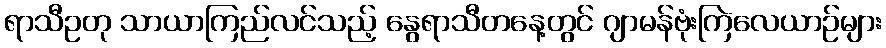
ရာသီဥတု သာယာကြည်လင်သည့် နွေရာသီတနေ့တွင် ဂျာမန်ဗုံးကြဲလေယာဉ်များ